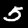
Label: 5